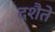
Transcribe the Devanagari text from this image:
दशैते